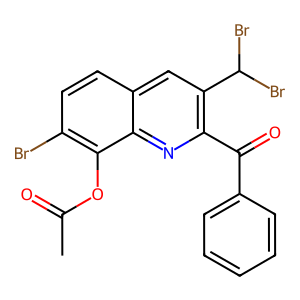
SMILES: CC(=O)Oc1c(Br)ccc2cc(C(Br)Br)c(C(=O)c3ccccc3)nc12
Inhibits HIV replication: No